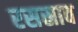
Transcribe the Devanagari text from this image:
रसस्राव